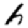
Digit: 6